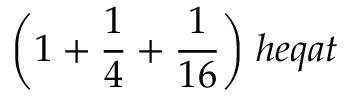
{ \bigg ( } 1 + { \frac { 1 } { 4 } } + { \frac { 1 } { 1 6 } } { \bigg ) } \; h e q a t